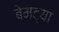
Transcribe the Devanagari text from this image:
बेमट्या